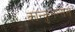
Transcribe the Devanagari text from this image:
कान्कुनेन्सेस